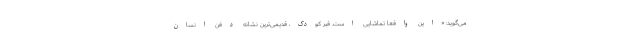
می‌گوید: «این واقعا تماشایی است. قبر کودک، قدیمی‌ترین نشانه دفن انسان